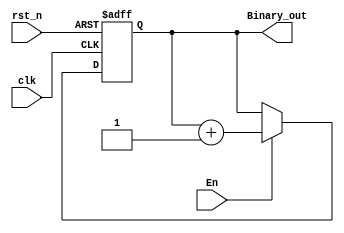
module Counter#(parameter ADDR_WIDTH = 5)(
	input                       En,
	input                       rst_n,
	input                       clk,
	output reg [ADDR_WIDTH:0]   Binary_out
);



always @(negedge rst_n or posedge clk) begin
    if (~rst_n) begin
        Binary_out <= 0;
    end
    else if (En) begin
         Binary_out <= Binary_out + 1; 
    end
    else begin
            Binary_out <= Binary_out;
    end
end






	
endmodule